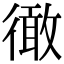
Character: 𢕭